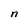
Character: n